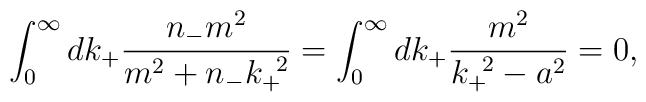
\int_0^{\infty}dk_+\frac{n_-m^2}{m^2+n_-k_+^{\;\;2}}=\int_0^{\infty}dk_+\frac{m^2}{k_+^{\;\;2}-a^2}=0,